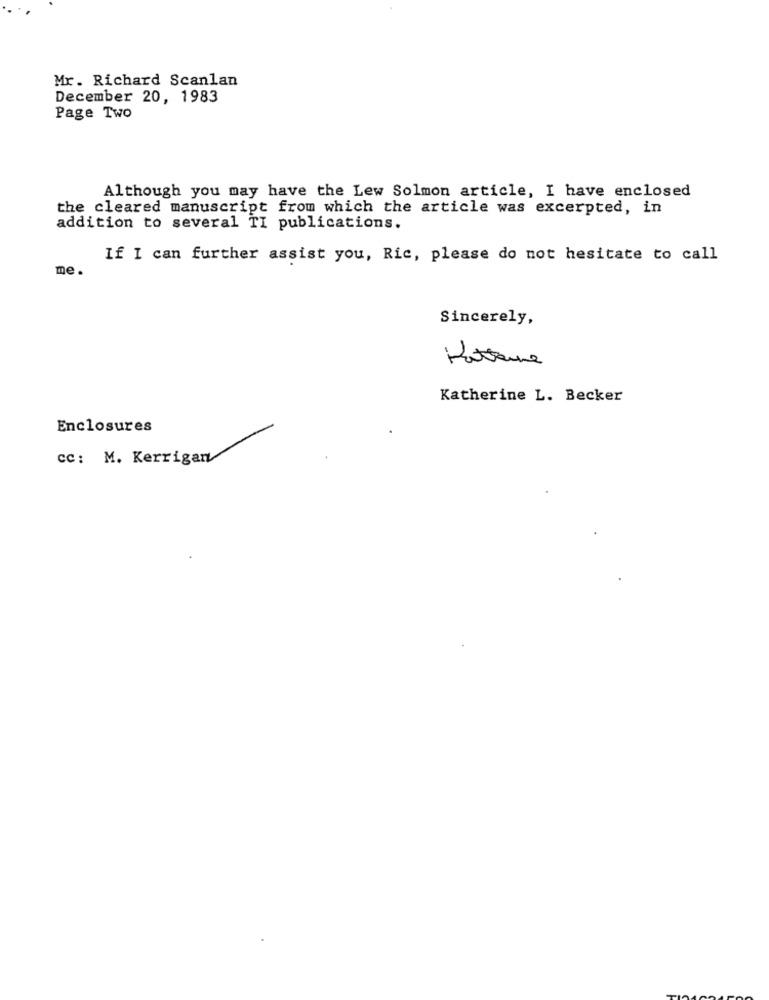
Mr. Richard Scanlan
December 20, 1983
Page Two
Although you may have the Lew Solmon article, I have enclosed
the cleared manuscript from which the article was excerpted, in
addition to several TI publications.
If I can further assist you, Ric, please do not hesitate to call
me.
Sincerely,
Hatteune
Katherine L. Becker
Enclosures
cc: M. Kerrigan